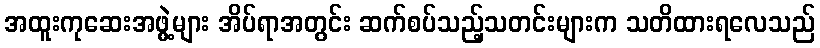
အထူးကုဆေးအဖွဲ့များ အိပ်ရာအတွင်း ဆက်စပ်သည့်သတင်းများက သတိထားရလေသည်